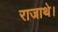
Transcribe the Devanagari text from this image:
राजाथे।